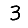
Digit: 3